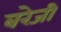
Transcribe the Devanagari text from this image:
बरेजी